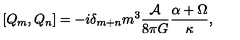
\left[ Q _ { m } , Q _ { n } \right] = - i \delta _ { m + n } m ^ { 3 } \frac { { \cal A } } { 8 \pi G } \frac { \alpha + \Omega } { \kappa } ,